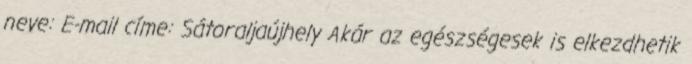
neve: E-mail címe: Sátoraljaújhely Akár az egészségesek is elkezdhetik